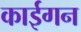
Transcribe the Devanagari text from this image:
काईगन